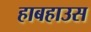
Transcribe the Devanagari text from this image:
हाबहाउस